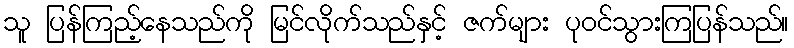
သူ ပြန်ကြည့်နေသည်ကို မြင်လိုက်သည်နှင့် ဇက်များ ပုဝင်သွားကြပြန်သည်။